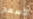
لأسمح